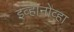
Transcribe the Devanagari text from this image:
इव्हानोव्हा